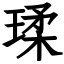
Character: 瑈